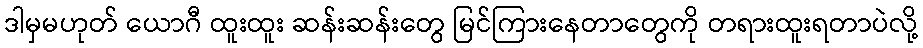
ဒါမှမဟုတ် ယောဂီ ထူးထူး ဆန်းဆန်းတွေ မြင်ကြားနေတာတွေကို တရားထူးရတာပဲလို့